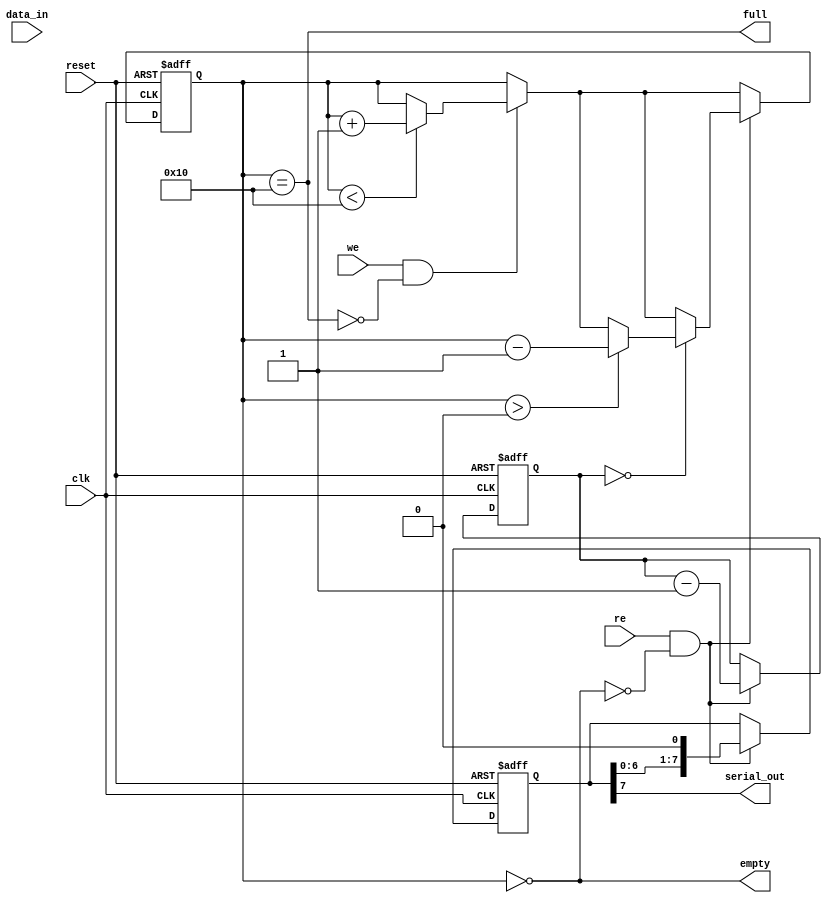
module fifo_piso #(
    parameter DATA_WIDTH = 8,  // Width of data input
    parameter DEPTH = 16        // Depth of the FIFO
)(
    input wire clk,             // Clock signal
    input wire reset,           // Reset signal
    input wire we,              // Write Enable
    input wire re,              // Read Enable
    input wire [DATA_WIDTH-1:0] data_in,  // Parallel data input
    output wire serial_out,      // Serial output
    output wire full,           // FIFO full indicator
    output wire empty           // FIFO empty indicator
);

    // Internal storage
    reg [DATA_WIDTH-1:0] fifo_mem [0:DEPTH-1]; // FIFO storage array
    reg [3:0] write_ptr;       // Write pointer
    reg [3:0] read_ptr;        // Read pointer
    reg [4:0] count;           // Number of elements in FIFO

    // FIFO full and empty logic
    assign full = (count == DEPTH);
    assign empty = (count == 0);

    // Serial output logic
    reg [DATA_WIDTH-1:0] shift_reg; // Shift register for output
    reg [3:0] shift_count;           // Count for serial shifting
    assign serial_out = shift_reg[DATA_WIDTH-1];

    always @(posedge clk or posedge reset) begin
        if (reset) begin
            write_ptr <= 0;
            read_ptr <= 0;
            count <= 0;
            shift_count <= 0;
            shift_reg <= 0;
        end else begin
            // Write logic
            if (we && !full) begin
                fifo_mem[write_ptr] <= data_in;
                write_ptr <= (write_ptr + 1) % DEPTH;
                if (count < DEPTH) count <= count + 1;
            end
            
            // Read logic
            if (re && !empty) begin
                if (shift_count == 0) begin
                    shift_reg <= fifo_mem[read_ptr];
                    read_ptr <= (read_ptr + 1) % DEPTH;
                    if (count > 0) count <= count - 1;
                    shift_count <= DATA_WIDTH; // Load shift register
                end

                // Shift serial output
                shift_reg <= {shift_reg[DATA_WIDTH-2:0], 1'b0};
                shift_count <= shift_count - 1;
            end
        end
    end

endmodule